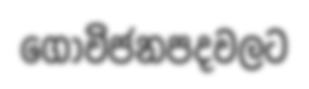
ගොවිජනපදවලට